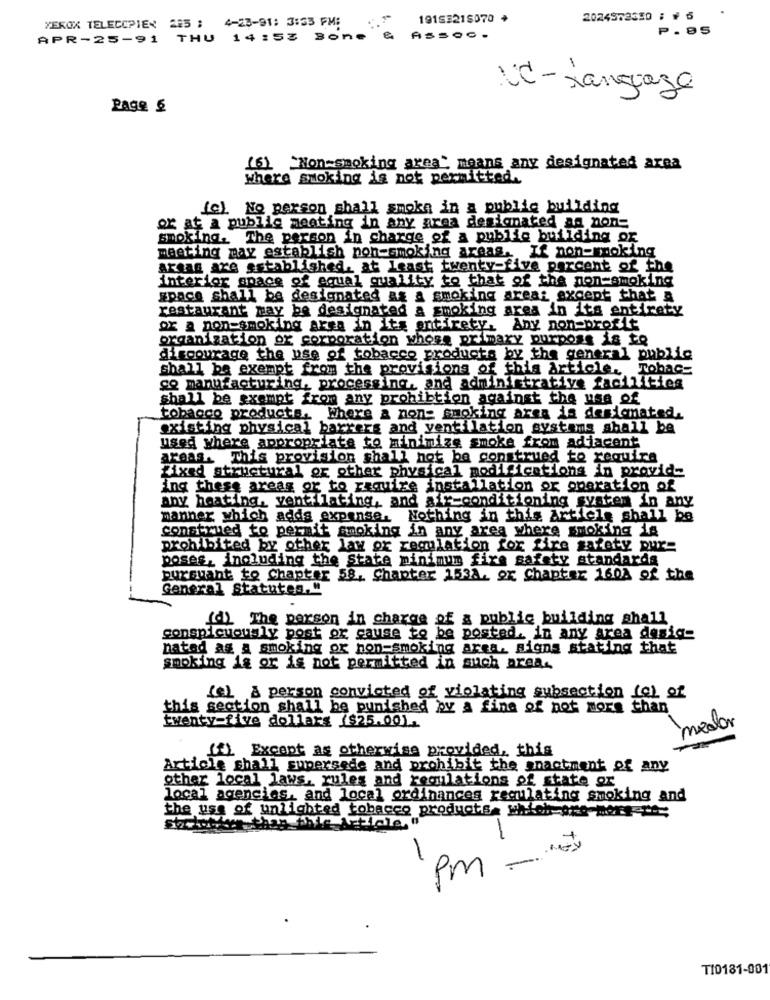
XEROX TELECOPIER 225 ; 4-23-91: 3:53 PM:
19153218070 *
2024962350 : # 6
₱.95
APR-25-91 THU 14 :53 Bone
ASSOC.
NC - rangraza
Rage 5
(6) Non-smoking area" means any designated area
where smoking is not permitted.
fc). No person shall smoke in a public building
or at a public meeting in any area designated as non=
smoking. The person in charge of a public building or
meeting may establish non-smoking areas. If non-smoking
areas are established, at least twenty-five percent of the
interior space of equal quality to that of the non-smoking
space shall be designated ag a smoking area: except that a
restaurant may be designated a smoking area in its entirety
or a non-smoking area in its entirety. Any non-profit
organization or corporation where primary purpose is to
discourage the use of tobacco products by the general public
shall be exempt from the provisions of this Article. Tobac-
go manufacturing, processing, and administrative facilities
shall be exempt from any prohibtion against the use of
tobacco products, Where a non- smoking area is designated.
existing physical barrers and ventilation systems shall be
used where appropriate to minimize smoke from adjacent
areas. This provision shall not be construed to require
fixed structural or other physical modifications in provide
ing these areas or to require installation or operation of
any heating, ventilating, and air-conditioning system in any
manner which adds expense. Nothing in this Article shall be
construed to permit smoking in any area where smoking is
prohibited by other law or regulation for fire safety pure
poses, including the State minimum fire safety standards
pursuant to Chapter 58, Chapter 1531. or Chapter 160% of the
General Statutes.
(d) The person in charge of a public building shall
conspicuously post or cause to be posted, in any area desig-
nated as a smoking or non-smoking area, signs stating that
smoking ig or is not permitted in such area.
(e) A person convicted of violating subsection (c) of
this section shall be punished by a fine of not more than
twenty-five dollars ($25.001.
medar
(f) Except as otherwise provided, this
Article shall supersede and prohibit the anactment of any
other local laws, rules and regulations of state or
local agencies, and local ordinances regulating smoking and
the use of unlighted tobacco products. which one more "
Socket -than this Article, "
-
=-
Pm -.
T10181-001